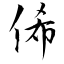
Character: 俙